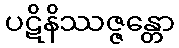
ပဋိနိဿဇ္ဇန္တော